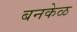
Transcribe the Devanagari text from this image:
बनकेळ